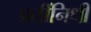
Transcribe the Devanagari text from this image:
प्रतींनिधी